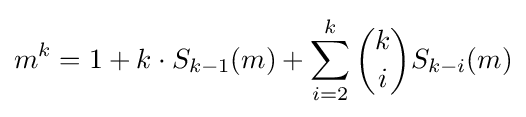
m^{k}=1+k\cdot S_{k-1}(m)+\sum _{i=2}^{k}{\binom {k}{i}}S_{k-i}(m)